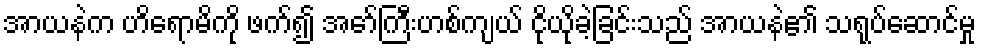
အာယနဲက ဟိရောမိကို ဖက်၍ အော်ကြီးဟစ်ကျယ် ငိုယိုခဲ့ခြင်းသည် အာယနဲ၏ သရုပ်ဆောင်မှု